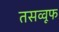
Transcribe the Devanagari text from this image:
तसव्वूफ